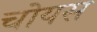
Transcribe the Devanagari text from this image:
चोयस